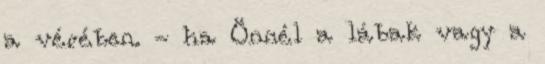
a vérében. - ha Önnél a lábak vagy a